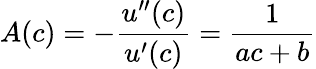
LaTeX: A(c)=-{\frac{u^{\prime\prime}(c)}{u^{\prime}(c)}}={\frac{1}{ac+b}}